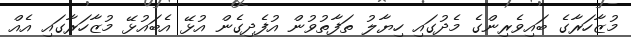
މުޒާހަރާގެ ބައިވެރިންގެ މެދުގައި ހިޔާލު ތަފާތުވުން އުފެދިގެން އުޅޭ އެބައުޅޭ މުޒާހަރާގައި އެއް